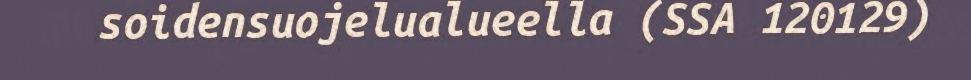
soidensuojelualueella (SSA 120129)